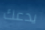
يدعك